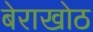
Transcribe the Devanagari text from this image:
बेराखोठ